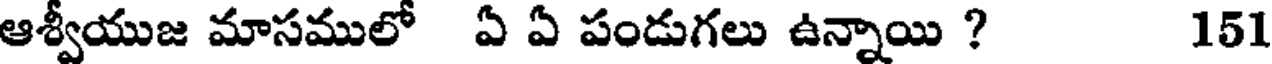
ఆశ్వీయుజ మాసములో ఏ ఏ పండుగలు ఉన్నాయి ? 151